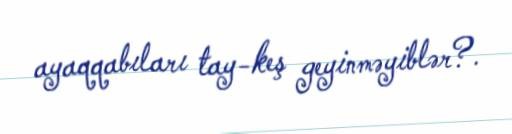
ayaqqabıları tay-keş geyinməyiblər?.